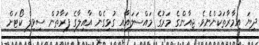
ދިޔަ އިމާރާތަކުންނެވެ. ޖިއާންގެ މަރުގެ މައްސަލައާއި ގުޅިގެން އާއިލާގެ ފަރާތުން ސިވިލް ކޯޓަށް